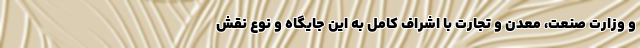
و وزارت صنعت، معدن و تجارت با اشراف کامل به این جایگاه و نوع نقش‌